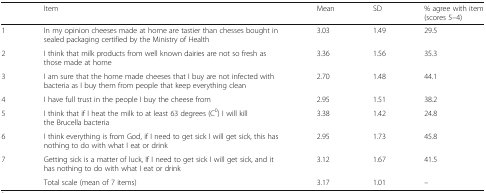
<table><thead><tr><td></td><td><b>Item</b></td><td><b>Mean</b></td><td><b>SD</b></td><td><b>% agree with item (scores 5–4)</b></td></tr></thead><tbody><tr><td>1</td><td>In my opinion cheeses made at home are tastier than chesses bought in sealed packaging certified by the Ministry of Health</td><td>3.03</td><td>1.49</td><td>29.5</td></tr><tr><td>2</td><td>I think that milk products from well known dairies are not so fresh as those made at home</td><td>3.36</td><td>1.56</td><td>35.3</td></tr><tr><td>3</td><td>I am sure that the home made cheeses that I buy are not infected with bacteria as I buy them from people that keep everything clean</td><td>2.70</td><td>1.48</td><td>44.1</td></tr><tr><td>4</td><td>I have full trust in the people I buy the cheese from</td><td>2.95</td><td>1.51</td><td>38.2</td></tr><tr><td>5</td><td>I think that if I heat the milk to at least 63 degrees (C<sup>0</sup>) I will kill the Brucella bacteria</td><td>3.38</td><td>1.42</td><td>24.8</td></tr><tr><td>6</td><td>I think everything is from God, if I need to get sick I will get sick, this has nothing to do with what I eat or drink</td><td>2.95</td><td>1.73</td><td>45.8</td></tr><tr><td>7</td><td>Getting sick is a matter of luck, If I need to get sick I will get sick, and it has nothing to do with what I eat or drink</td><td>3.12</td><td>1.67</td><td>41.5</td></tr><tr><td></td><td>Total scale (mean of 7 items)</td><td>3.17</td><td>1.01</td><td>–</td></tr></tbody></table>